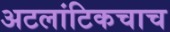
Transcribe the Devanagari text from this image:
अटलांटिकचाच